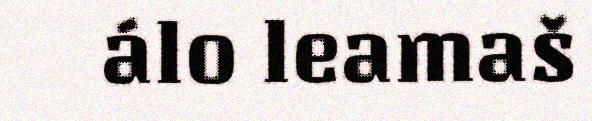
álo leamaš